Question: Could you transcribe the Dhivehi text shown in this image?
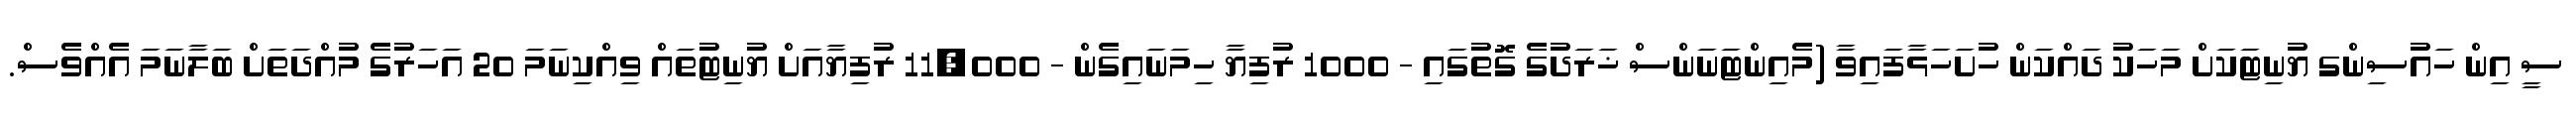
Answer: ސީ އިން ހައުސިންގ ޔުނިޓަކަށް މަހަކު ދައްކަން ހުށަހަޅާފައިވާ (މެއިންޓަނަންސް ޚަރަދުގެ ގޮތުގައި - 1000 ރުފިޔާ ހިމަނައިގެން - 11,000 ރުފިޔާއަށް ޔުނިޓުތައް ވިއްކިނަމަ 20 އަހަރުގެ މުއްދަތަށް ބަލާނަމަ އެއްވެސް.